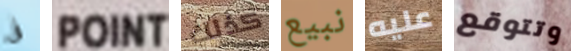
فى POINT كذلك نبيع عليه وتتوقع